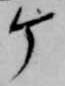
ヶ